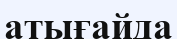
атығайда